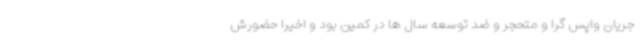
جریان واپس گرا و متحجر و ضد توسعه سال ها در کمین بود و اخیرا حضورش